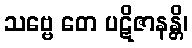
သဗ္ဗေ တေ ပဋိဇာနန္တိ၊